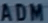
ADM